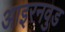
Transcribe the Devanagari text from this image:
आइरनवुड